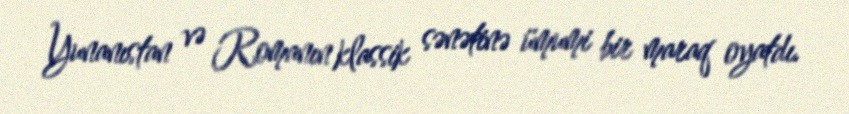
Yunanıstan və Romanın klassik sənətinə ümumi bir maraq oyatdı.